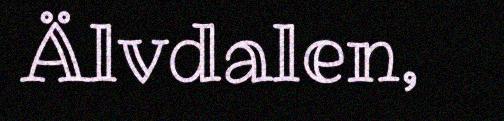
Älvdalen,